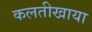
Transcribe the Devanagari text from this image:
कलतीखाया